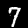
Digit: 7